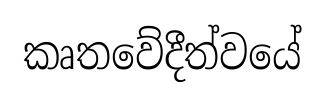
කෘතවේදීත්වයේ